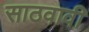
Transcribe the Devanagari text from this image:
साठवावी